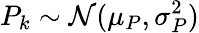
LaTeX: P_{k}\sim\mathcal N(\mu_{P},\sigma_{P}^{2})